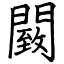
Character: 䦯